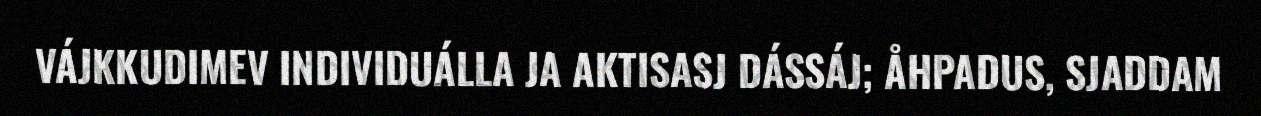
VÁJKKUDIMEV INDIVIDUÁLLA JA AKTISASJ DÁSSÁJ; ÅHPADUS, SJADDAM